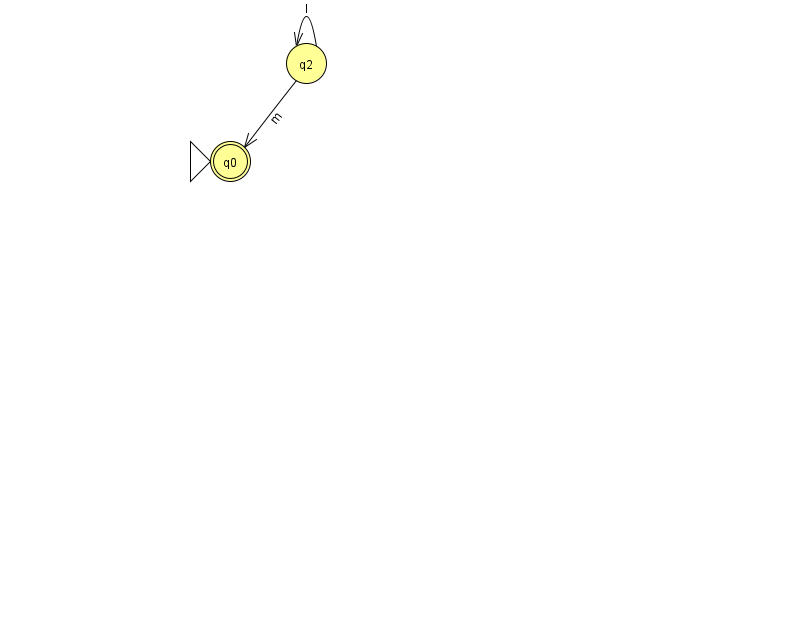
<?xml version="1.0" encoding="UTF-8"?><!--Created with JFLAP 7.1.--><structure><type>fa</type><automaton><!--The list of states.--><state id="0" name="q0"><x>230.0</x><y>148.0</y><initial/><final/></state><state id="2" name="q2"><x>306.0</x><y>50.0</y></state><!--The list of transitions.--><transition><from>2</from><to>2</to><read>l</read></transition><transition><from>2</from><to>0</to><read>m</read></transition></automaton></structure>